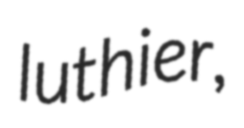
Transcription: luthier,